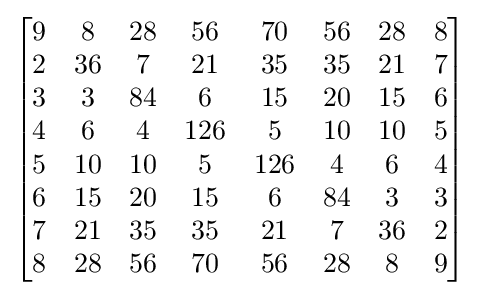
{\begin{bmatrix}{\begin{matrix}9&8&28&56&70&56&28&8\\2&36&7&21&35&35&21&7\\3&3&84&6&15&20&15&6\\4&6&4&126&5&10&10&5\\5&10&10&5&126&4&6&4\\6&15&20&15&6&84&3&3\\7&21&35&35&21&7&36&2\\8&28&56&70&56&28&8&9\end{matrix}}\end{bmatrix}}